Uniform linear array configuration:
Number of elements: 16
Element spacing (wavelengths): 1
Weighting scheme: hann
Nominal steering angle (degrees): -60
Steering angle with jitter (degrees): -58.212
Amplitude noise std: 0.05
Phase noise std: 0.05

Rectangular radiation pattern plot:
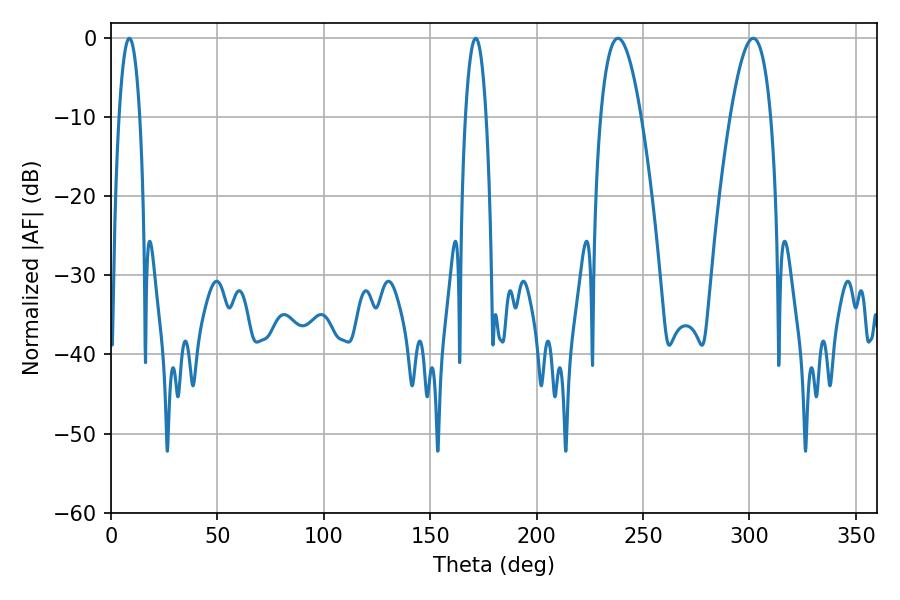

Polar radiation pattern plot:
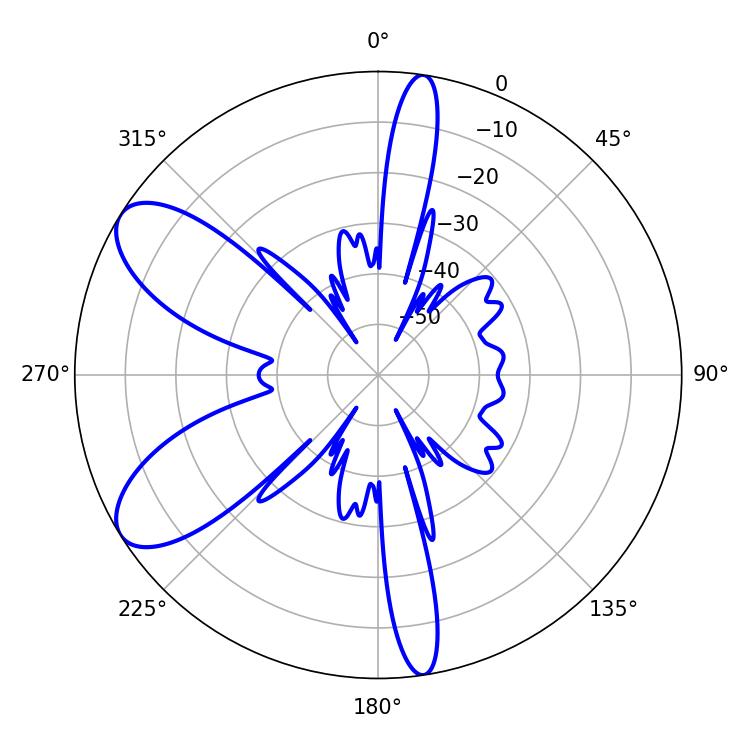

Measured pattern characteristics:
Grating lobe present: TRUE
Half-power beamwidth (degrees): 5.4
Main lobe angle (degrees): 8.64